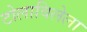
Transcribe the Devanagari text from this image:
टोलाविलेला